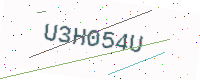
Text: U3H054U